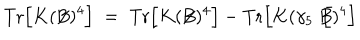
LaTeX: \mathrm { T r } \Big [ K ( \not { \! \! B } ) ^ { 4 } \Big ] \; = \; \mathrm { T r } \Big [ K ( \not { \! \! B } ) ^ { 4 } \Big ] - \mathrm { T r } \Big [ K ( \gamma _ { 5 } \not { \! \! B } ) ^ { 4 } \Big ] \;